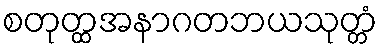
စတုတ္ထအနာဂတဘယသုတ္တံ